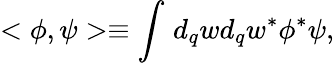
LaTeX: <\phi,\psi>\equiv\int_{}^{}d_{q}wd_{q}w^{\ast}\phi^{\ast}\psi,